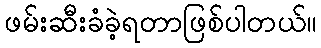
ဖမ်းဆီးခံခဲ့ရတာဖြစ်ပါတယ်။